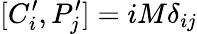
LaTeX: [C_{i}^{\prime},P_{j}^{\prime}]=iM\delta_{ij}